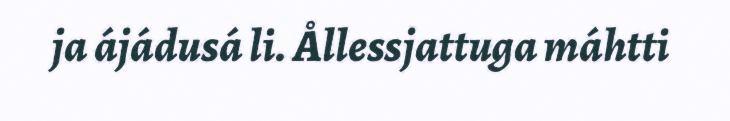
ja ájádusá li. Ållessjattuga máhtti